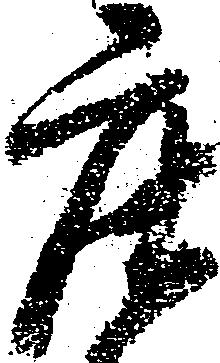
庄